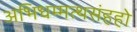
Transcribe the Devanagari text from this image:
अभिधम्मत्थसंहहो